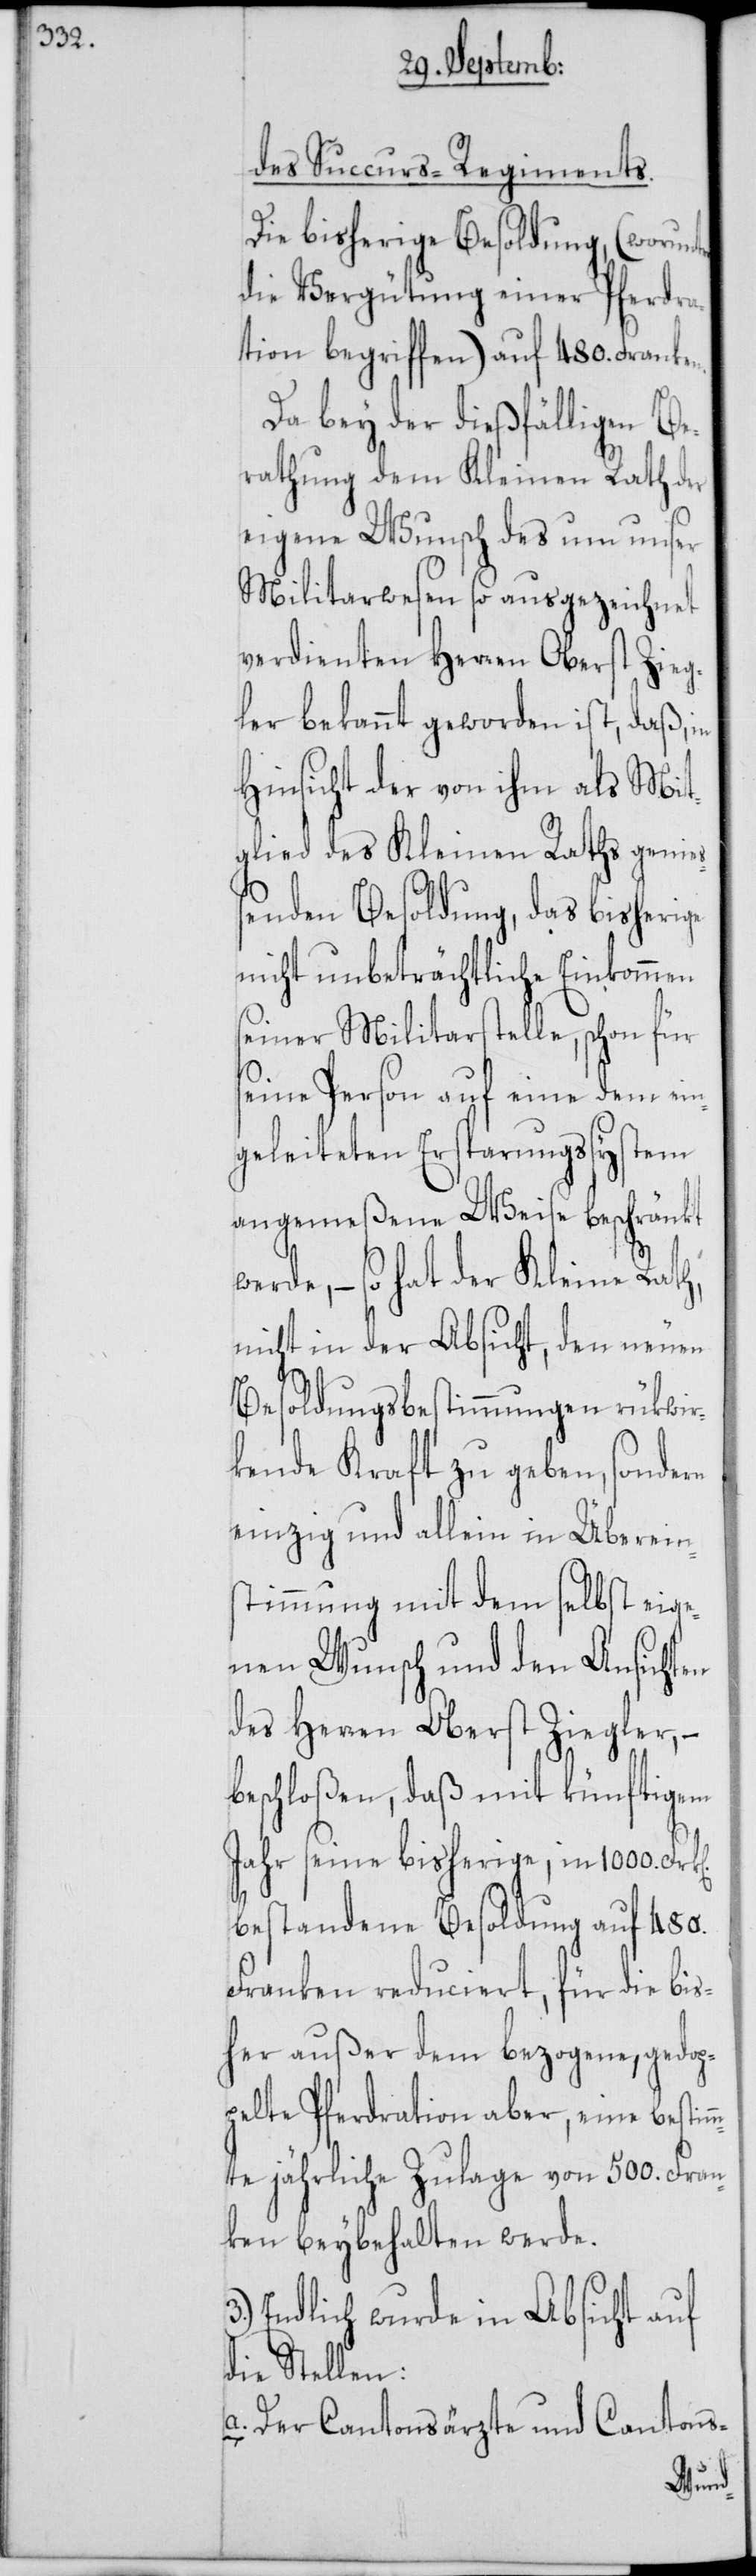
des Succurs-Regiments.
Die bisherige Besoldung, (worunter
die Vergütung einer Pferdra¬
tion begriffen) auf 480. Franken.
Da bey der dießfälligen Be¬
rathung dem kleinen Rath der
eigene Wunsch des um unser
Militarwesen so ausgezeichnet
verdienten Herren Oberst Zieg¬
ler bekannt geworden ist, daß, in
Hinsicht der von ihm als Mit¬
glied des Kleinen Raths genieß¬
enden Besoldung, das bisherige
nicht unbeträchtliche Einkommen
seiner Militarstelle, schon für
seine Person auf eine dem ein¬
geleiteten Ersparungssystem
angemeßene Weise beschränkt
werde, – so hat der Kleine Rath,
nicht in der Absicht, den neuen
Besoldungsbestimmungen rükwir¬
kende Kraft zu geben, sondern
einzig und allein in Überein¬
stimmung mit dem selbst eige¬
nen Wunsch und den Ansichten
des Herren Oberst Ziegler, –
beschloßen, daß mit künftigem
Jahr seine bisherige, in 1000.
bestandene Besoldung auf 480.
Franken reduciert, für die bis¬
her außer dem bezogene, gedop¬
pelte Pferdration aber, eine bestim¬
mte jährliche Zulage von 500. Fran¬
ken beybehalten werde.
Endlich wurde in Absicht auf
die Stellen:
a. Der Cantonsärzte und Cantons-